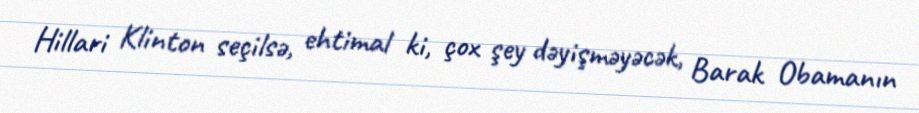
Hillari Klinton seçilsə, ehtimal ki, çox şey dəyişməyəcək, Barak Obamanın